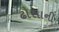
ઢોસાની